Civil Veterinary Department Bengal reports 1923-33 - 1923-1933
Year: 1923
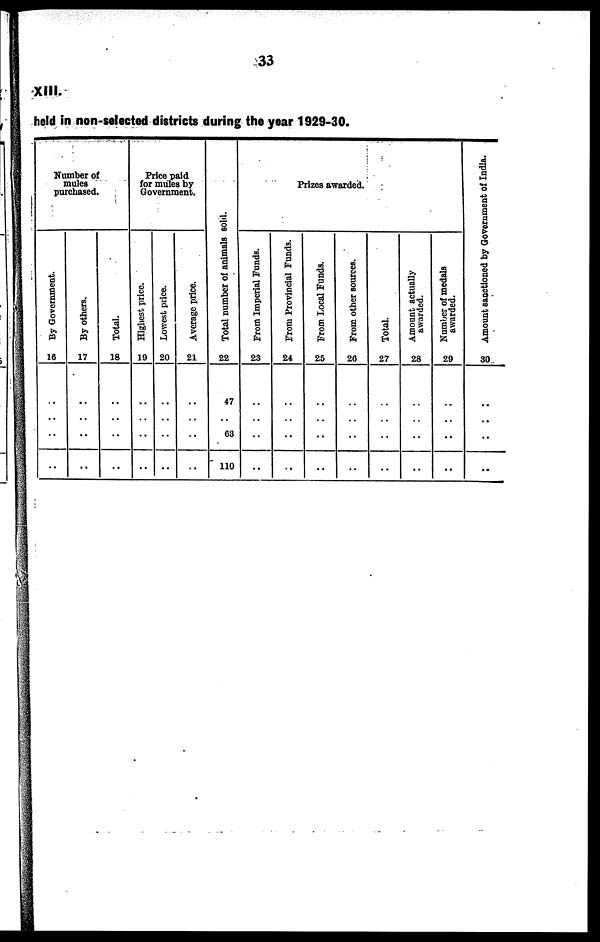
33
XIII.
held in non-selected districts during the year 1929-30.
Number of
mules
purchased.
By Government.
16
..
..
..
By others.
17
..
..
..
Total.
18
..
..
..
Price paid
for mules by
Government.
Highest price.
19
..
..
..
Lowest price.
20
..
..
..
Average price.
21
..
..
..
Total number of animals sold.
22
47
..
63
110
Prizes awarded.
From Imperial Funds.
23
..
..
..
From Provincial Funds.
24
..
..
..
From Local Funds.
25
..
..
..
From other sources.
26
..
..
..
Total.
27
..
..
..
Amount actually
awarded.
28
..
..
..
Number of medals
awarded.
29
..
..
..
Amount sanctioned by Government of India.
30
..
..
..